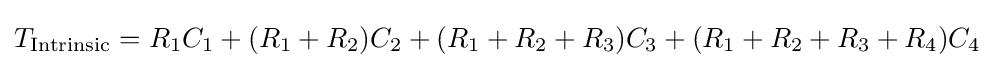
T_{\text{Intrinsic}}=R_{1}C_{1}+(R_{1}+R_{2})C_{2}+(R_{1}+R_{2}+R_{3})C_{3}+(R_{1}+R_{2}+R_{3}+R_{4})C_{4}